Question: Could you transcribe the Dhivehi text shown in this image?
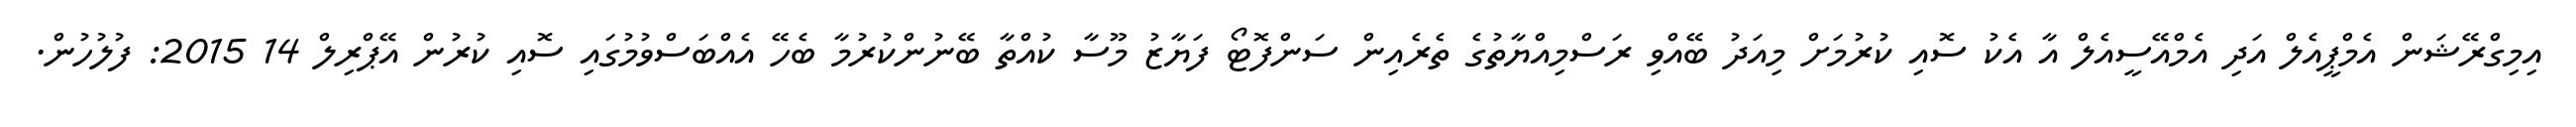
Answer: އިމިގްރޭޝަން އެމްޕީއެލް އަދި އެމްއޭސީއެލް އާ އެކު ސޮއި ކުރުމަށް މިއަދު ބޭއްވި ރަސްމިއްޔާތުގެ ތެރެއިން ސަންފޮޓޯ ފަޔާޒު މޫސާ ކުއްތާ ބޭނުންކުރުމާ ބެހޭ އެއްބަސްވުމުގައި ސޮއި ކުރުން އޭޕްރިލް 14 2015: ފުލުހުން.